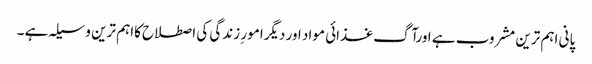
پانی اہم ترین مشروب ہے اورآگ غذائی مواد اور دیگرامور ِ زندگی کی اصطلاح کااہم ترین وسیلہ ہے ۔